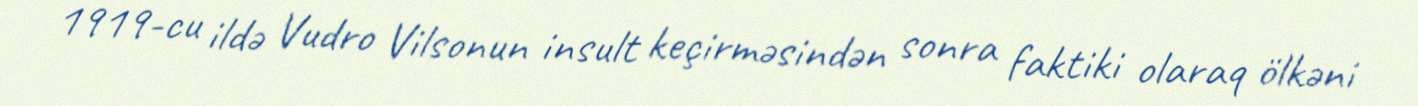
1919-cu ildə Vudro Vilsonun insult keçirməsindən sonra faktiki olaraq ölkəni